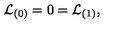
{ \cal L } _ { ( 0 ) } = 0 = { \cal L } _ { ( 1 ) } ,